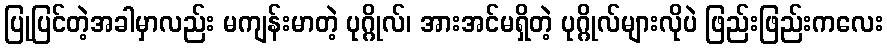
ပြုပြင်တဲ့အခါမှာလည်း မကျန်းမာတဲ့ ပုဂ္ဂိုလ်၊ အားအင်မရှိတဲ့ ပုဂ္ဂိုလ်များလိုပဲ ဖြည်းဖြည်းကလေး